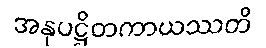
အနုပဋ္ဌိတကာယဿတိ